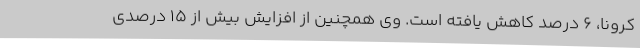
کرونا، 6 درصد کاهش یافته است. وی همچنین از افزایش بیش از 15 درصدی